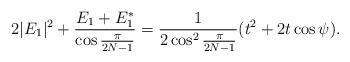
LaTeX: \begin{align*}2 |E_1|^2+ \frac{E_1+E^*_1}{\cos \frac{\pi}{2N-1}} =\frac{1}{2\cos^2\frac{\pi}{2N-1}}(t^2+2t\cos \psi).\end{align*}